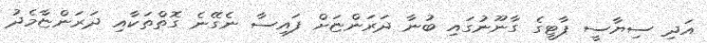
އަދި ސިޔާސީ ޕާޓީގެ ގާނޫނުގައި ބުނާ ދަރަންޏަށް ފައިސާ ނެގޭނެ ގޮތްތަކާއި ދަރަންޏާމެދު